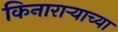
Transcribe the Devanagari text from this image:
किनाराऱ्याच्या